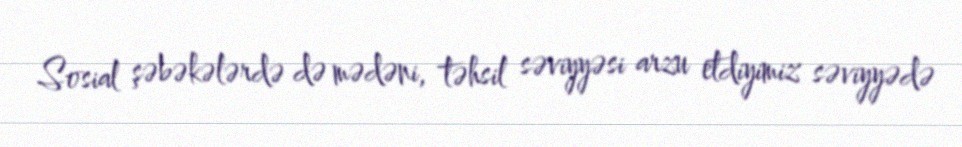
Sosial şəbəkələrdə də mədəni, təhsil səviyyəsi arzu etdiyimiz səviyyədə